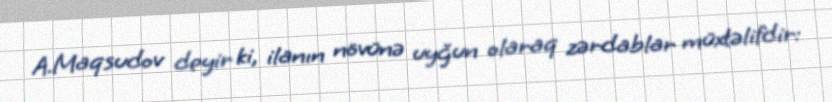
A.Maqsudov deyir ki, ilanın növünə uyğun olaraq zərdablar müxtəlifdir: